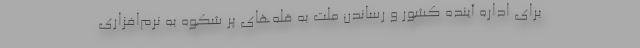
برای اداره آینده کشور و رساندن ملت به قله‌های پر شکوه به نرم‌افزاری